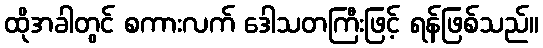
ထိုအခါတွင် စကားလက် ဒေါသတကြီးဖြင့် ရန်ဖြစ်သည်။